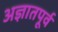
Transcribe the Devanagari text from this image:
अज्ञातपूर्व